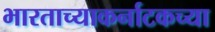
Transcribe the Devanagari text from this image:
भारताच्याकर्नाटकच्या